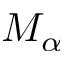
M _ { \alpha }